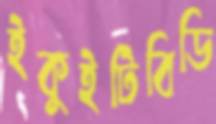
ইকুইটিবিডি